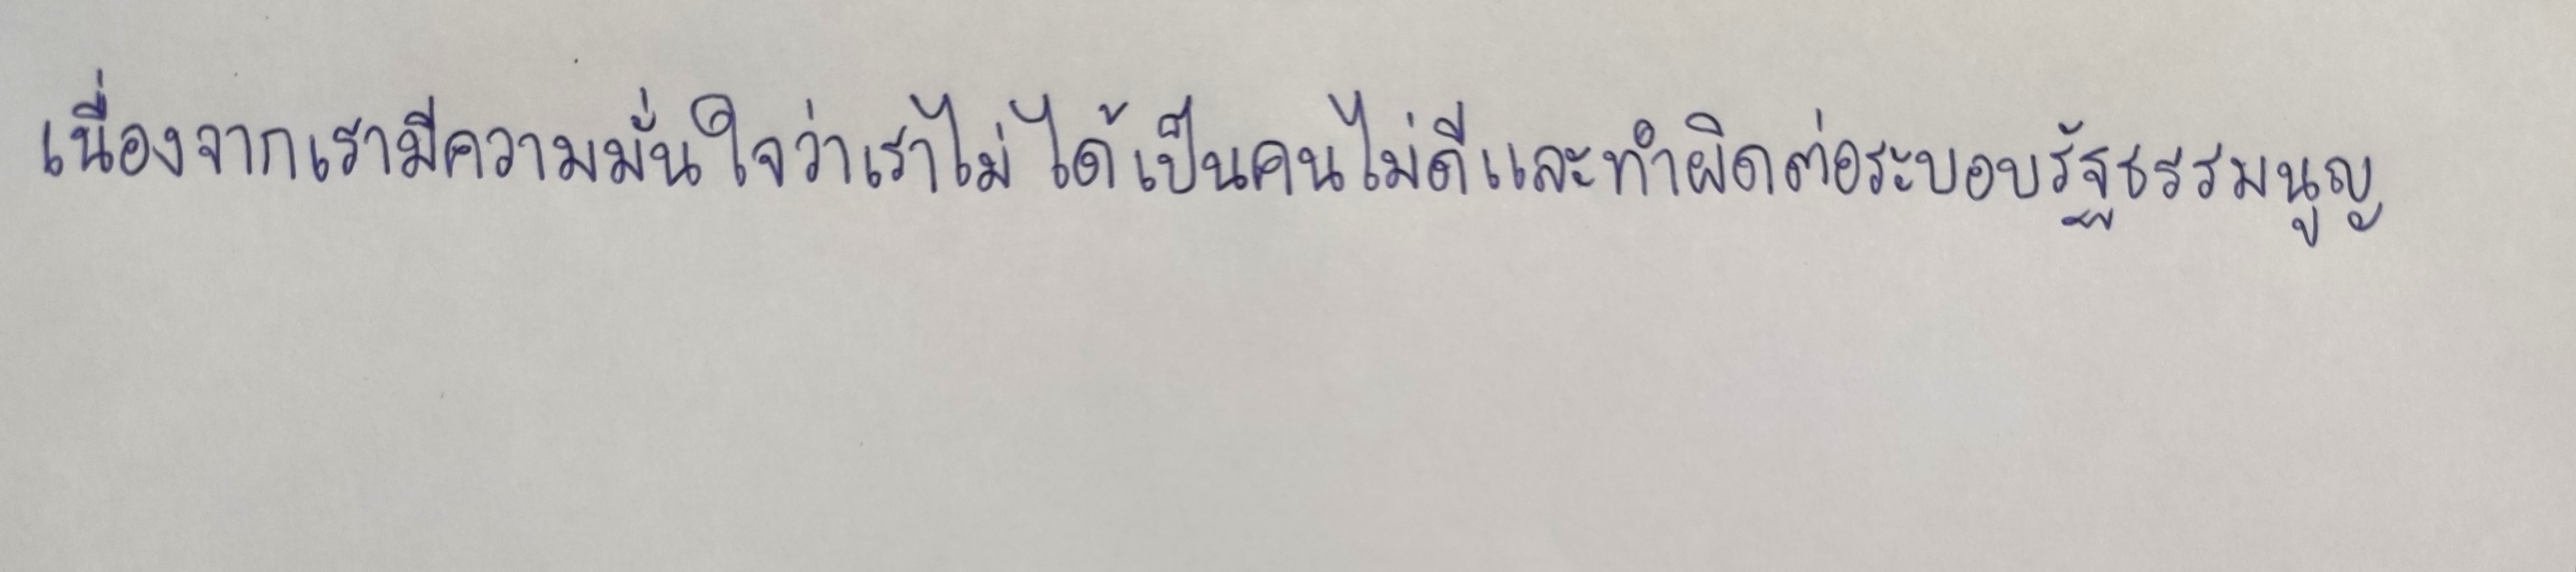
เนื่องจากเรามีความมั่นใจว่าเราไม่ได้เป็นคนไม่ดีและทำผิดต่อระบอบรัฐธรรมนูญ